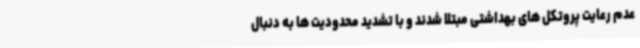
عدم رعایت پروتکل های بهداشتی مبتلا شدند و با تشدید محدودیت ها به دنبال